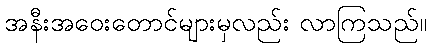
အနီးအဝေးတောင်များမှလည်း လာကြသည်။